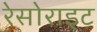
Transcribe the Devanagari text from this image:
रेसोराइट